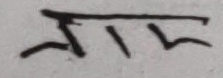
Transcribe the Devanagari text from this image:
आएर